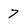
Character: 7